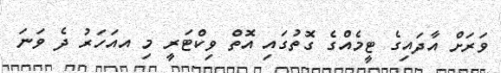
ވަރަށް އާދައިގެ ޓީމެއްގެ ގޮތުގައި އޮތް ވިކްޓަރީ މި އއަހަރު ދެ ވަނަ